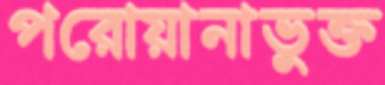
পরোয়ানাভুক্ত